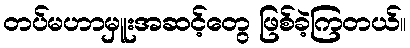
တပ်မဟာမှူးအဆင့်တွေ ဖြစ်ခဲ့ကြတယ်။